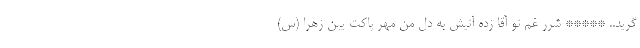
گرید.. ***** شرر غم تو آقا زده آتیش به دلِ من مهر پاکِت یبن زهرا (س)